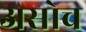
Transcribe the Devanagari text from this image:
असोच